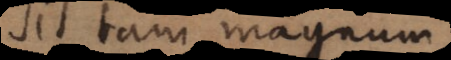
sit tam magnum